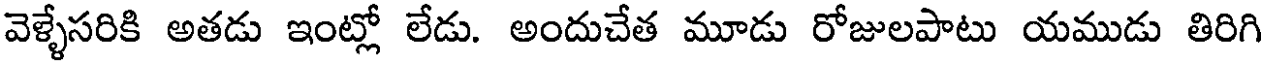
వెళ్ళేసరికి అతడు ఇంట్లో లేడు. అందుచేత మూడు రోజులపాటు యముడు తిరిగి